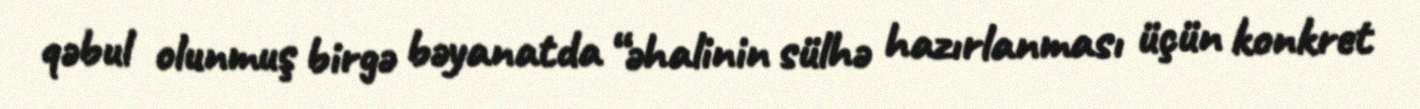
qəbul olunmuş birgə bəyanatda “əhalinin sülhə hazırlanması üçün konkret